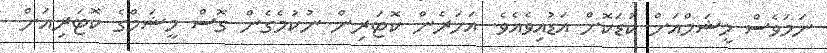
ނަމަވެސް މީޝަމްއަށް ކުޑަކޮށް އަޑުއިވެއެވެ. އަހަރެން ކޮޓަރިން ނުކުމެގެން ގޮސް މީޝަމްގެ ކޮޓަރިއަށް